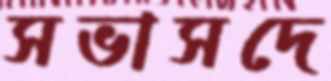
সভাসদে